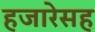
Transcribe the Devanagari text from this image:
हजारेसह